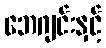
ဘေဂျင်းနှင့်